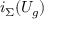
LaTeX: i _ { \Sigma } ( U _ { g } )